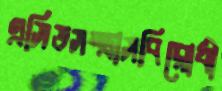
এসিডসন্ত্রাসবিরোধী